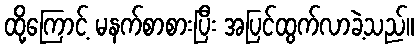
ထို့ကြောင့် မနက်စာစားပြီး အပြင်ထွက်လာခဲ့သည်။